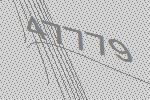
47779